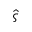
\hat { \varsigma }